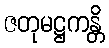
ဇတုမဋ္ဌကန္တိ